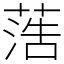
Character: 𦶡